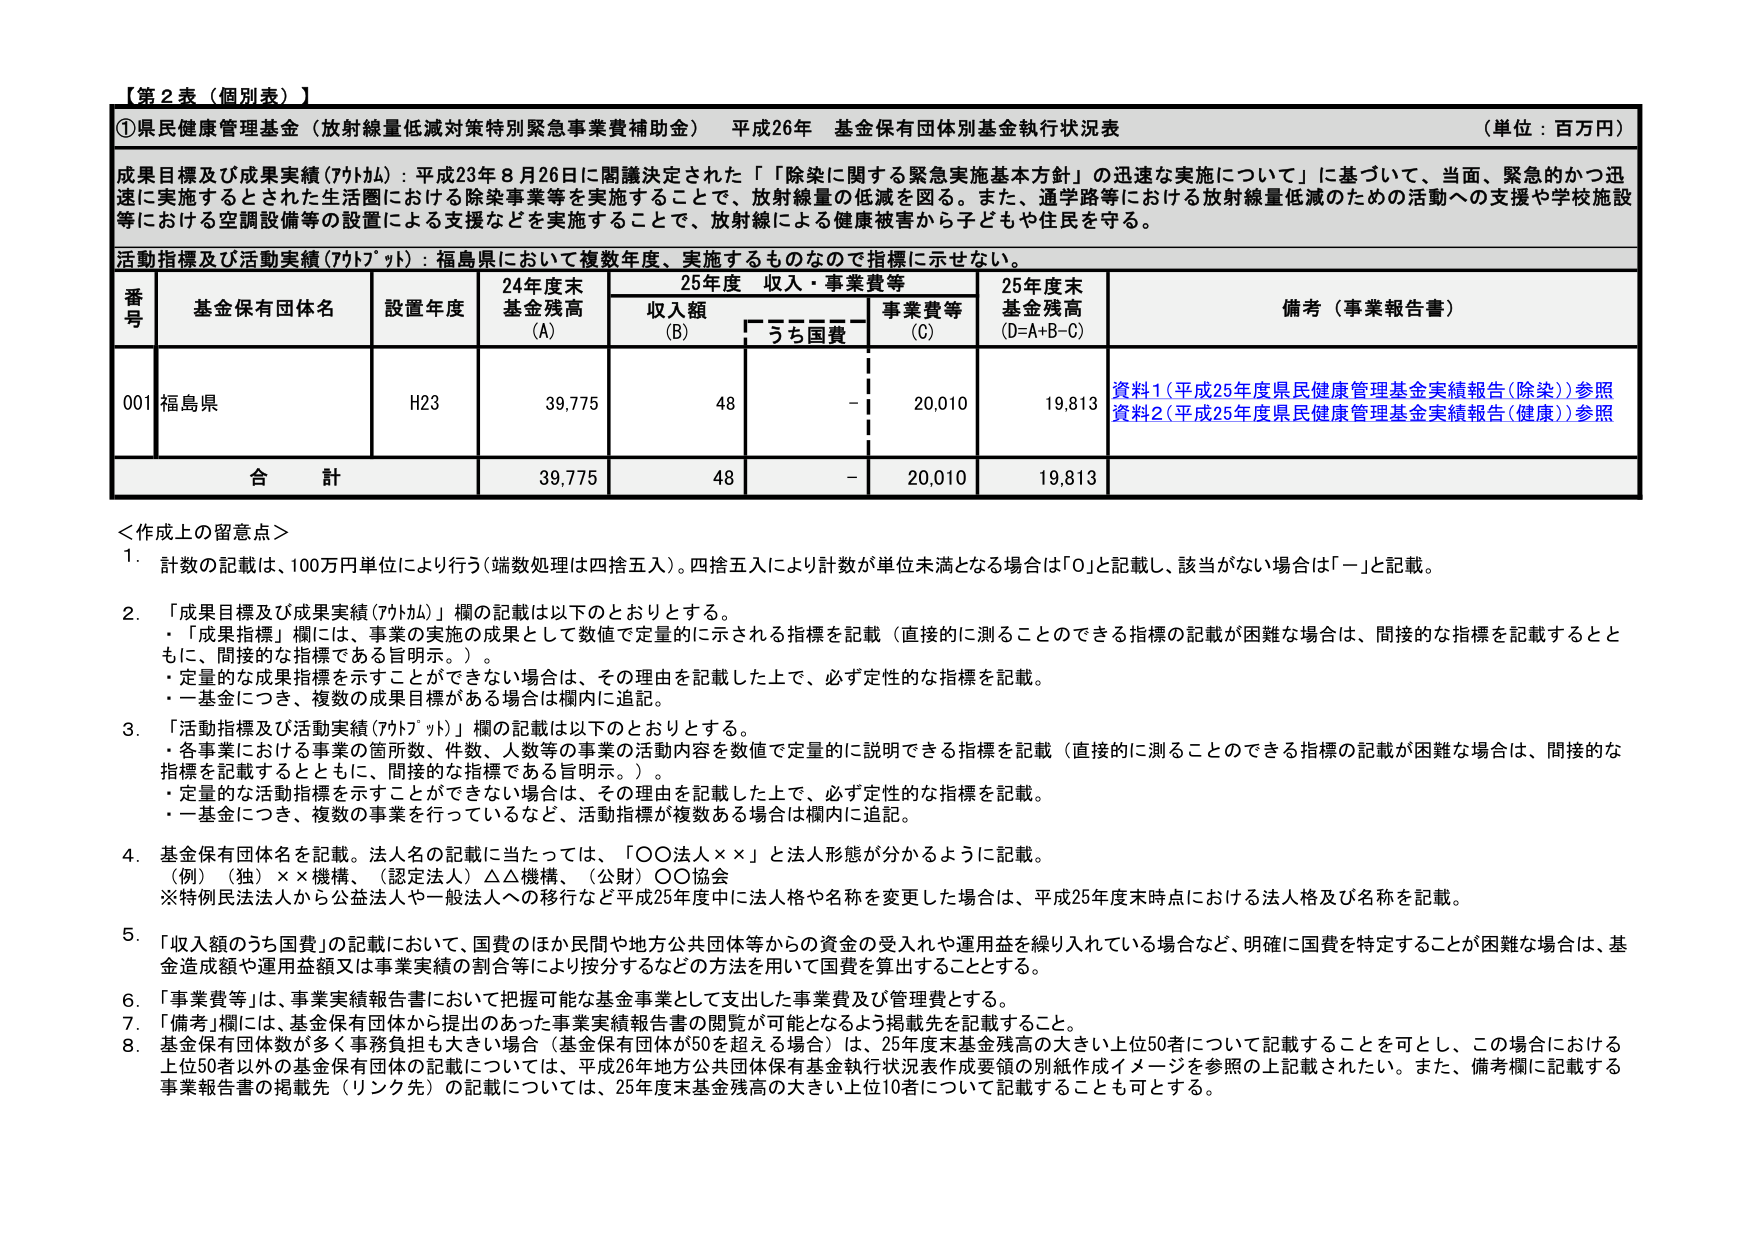
【第2表（個別表）】

①県民健康管理基金（放射線量低減対策特別緊急事業費補助金） 平成26年 基金保有団体別基金執行状況表 （単位：百万円）

成果目標及び成果実績（ｱｳﾄｶﾑ）：平成23年8月26日に閣議決定された「『除染に関する緊急実施基本方針』の迅速な実施について」に基づいて、当面、緊急的かつ迅速に実施するとされた生活圏における除染事業等を実施することで、放射線量の低減を図る。また、通学路等における放射線量低減のための活動への支援や学校施設等における空調設備等の設置による支援などを実施することで、放射線による健康被害から子どもや住民を守る。

活動指標及び活動実績（ｱｳﾄﾌﾟｯﾄ）：福島県において複数年度、実施するものなので指標に示せない。

番号 基金保有団体名 設置年度 24年度末基金残高（A） 25年度 収入・事業費等 25年度末基金残高（D=A+B-C） 備考（事業報告書）
　　　　　　　　　　　　　　　　　収入額（B） うち国費 事業費等（C）

001 福島県 H23 39,775 48 - 20,010 19,813 資料1（平成25年度県民健康管理基金実績報告（除染））参照 資料2（平成25年度県民健康管理基金実績報告（健康））参照

合計 39,775 48 - 20,010 19,813

＜作成上の留意点＞
1. 計数の記載は、100万円単位により行う（端数処理は四捨五入）。四捨五入により計数が単位未満となる場合は「0」と記載し、該当がない場合は「－」と記載。

2. 「成果目標及び成果実績（ｱｳﾄｶﾑ）」欄の記載は以下のとおりとする。
・「成果指標」欄には、事業の実施の成果として数値で定量的に示される指標を記載（直接的に測ることのできる指標の記載が困難な場合は、間接的な指標を記載するとともに、間接的な指標である旨明示。）。
・定量的な成果指標を示すことができない場合は、その理由を記載した上で、必ず定性的な指標を記載。
・一基金につき、複数の成果目標がある場合は欄内に追記。

3. 「活動指標及び活動実績（ｱｳﾄﾌﾟｯﾄ）」欄の記載は以下のとおりとする。
・各事業における事業の箇所数、件数、人数等の事業の活動内容を数値で定量的に説明できる指標を記載（直接的に測ることのできる指標の記載が困難な場合は、間接的な指標を記載するとともに、間接的な指標である旨明示。）。
・定量的な活動指標を示すことができない場合は、その理由を記載した上で、必ず定性的な指標を記載。
・一基金につき、複数の事業を行っているなど、活動指標が複数ある場合は欄内に追記。

4. 基金保有団体名を記載。法人名の記載に当たっては、「○○法人××」と法人形態が分かるように記載。
（例）（独）××機構、（認定法人）△△機構、（公財）○○協会
※特例民法法人から公益法人や一般法人への移行など平成25年度中に法人格や名称を変更した場合は、平成25年度末時点における法人格及び名称を記載。

5. 「収入額のうち国費」の記載において、国費のほか民間や地方公共団体等からの資金の受入れや運用益を繰り入れている場合など、明確に国費を特定することが困難な場合は、基金造成額や運用益額又は事業実績の割合等により按分するなどの方法を用いて国費を算出することとする。

6. 「事業費等」は、事業実績報告書において把握可能な基金事業として支出した事業費及び管理費とする。

7. 「備考」欄には、基金保有団体から提出のあった事業実績報告書の閲覧が可能となるよう掲載先を記載すること。

8. 基金保有団体数が多く事務負担も大きい場合（基金保有団体が50を超える場合）は、25年度末基金残高の大きい上位50者について記載することを可とし、この場合における上位50者以外の基金保有団体の記載については、平成26年地方公共団体保有基金執行状況表作成要領の別紙作成イメージを参照の上記載されたい。また、備考欄に記載する事業報告書の掲載先（リンク先）の記載については、25年度末基金残高の大きい上位10者について記載することも可とする。